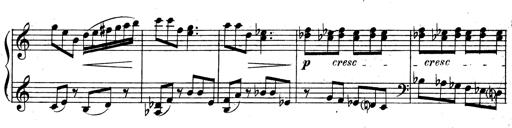
Title: 3 Sonatinas for Piano
Composer: Vissarion Shebalin